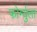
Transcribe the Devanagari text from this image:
फोर्म्युला